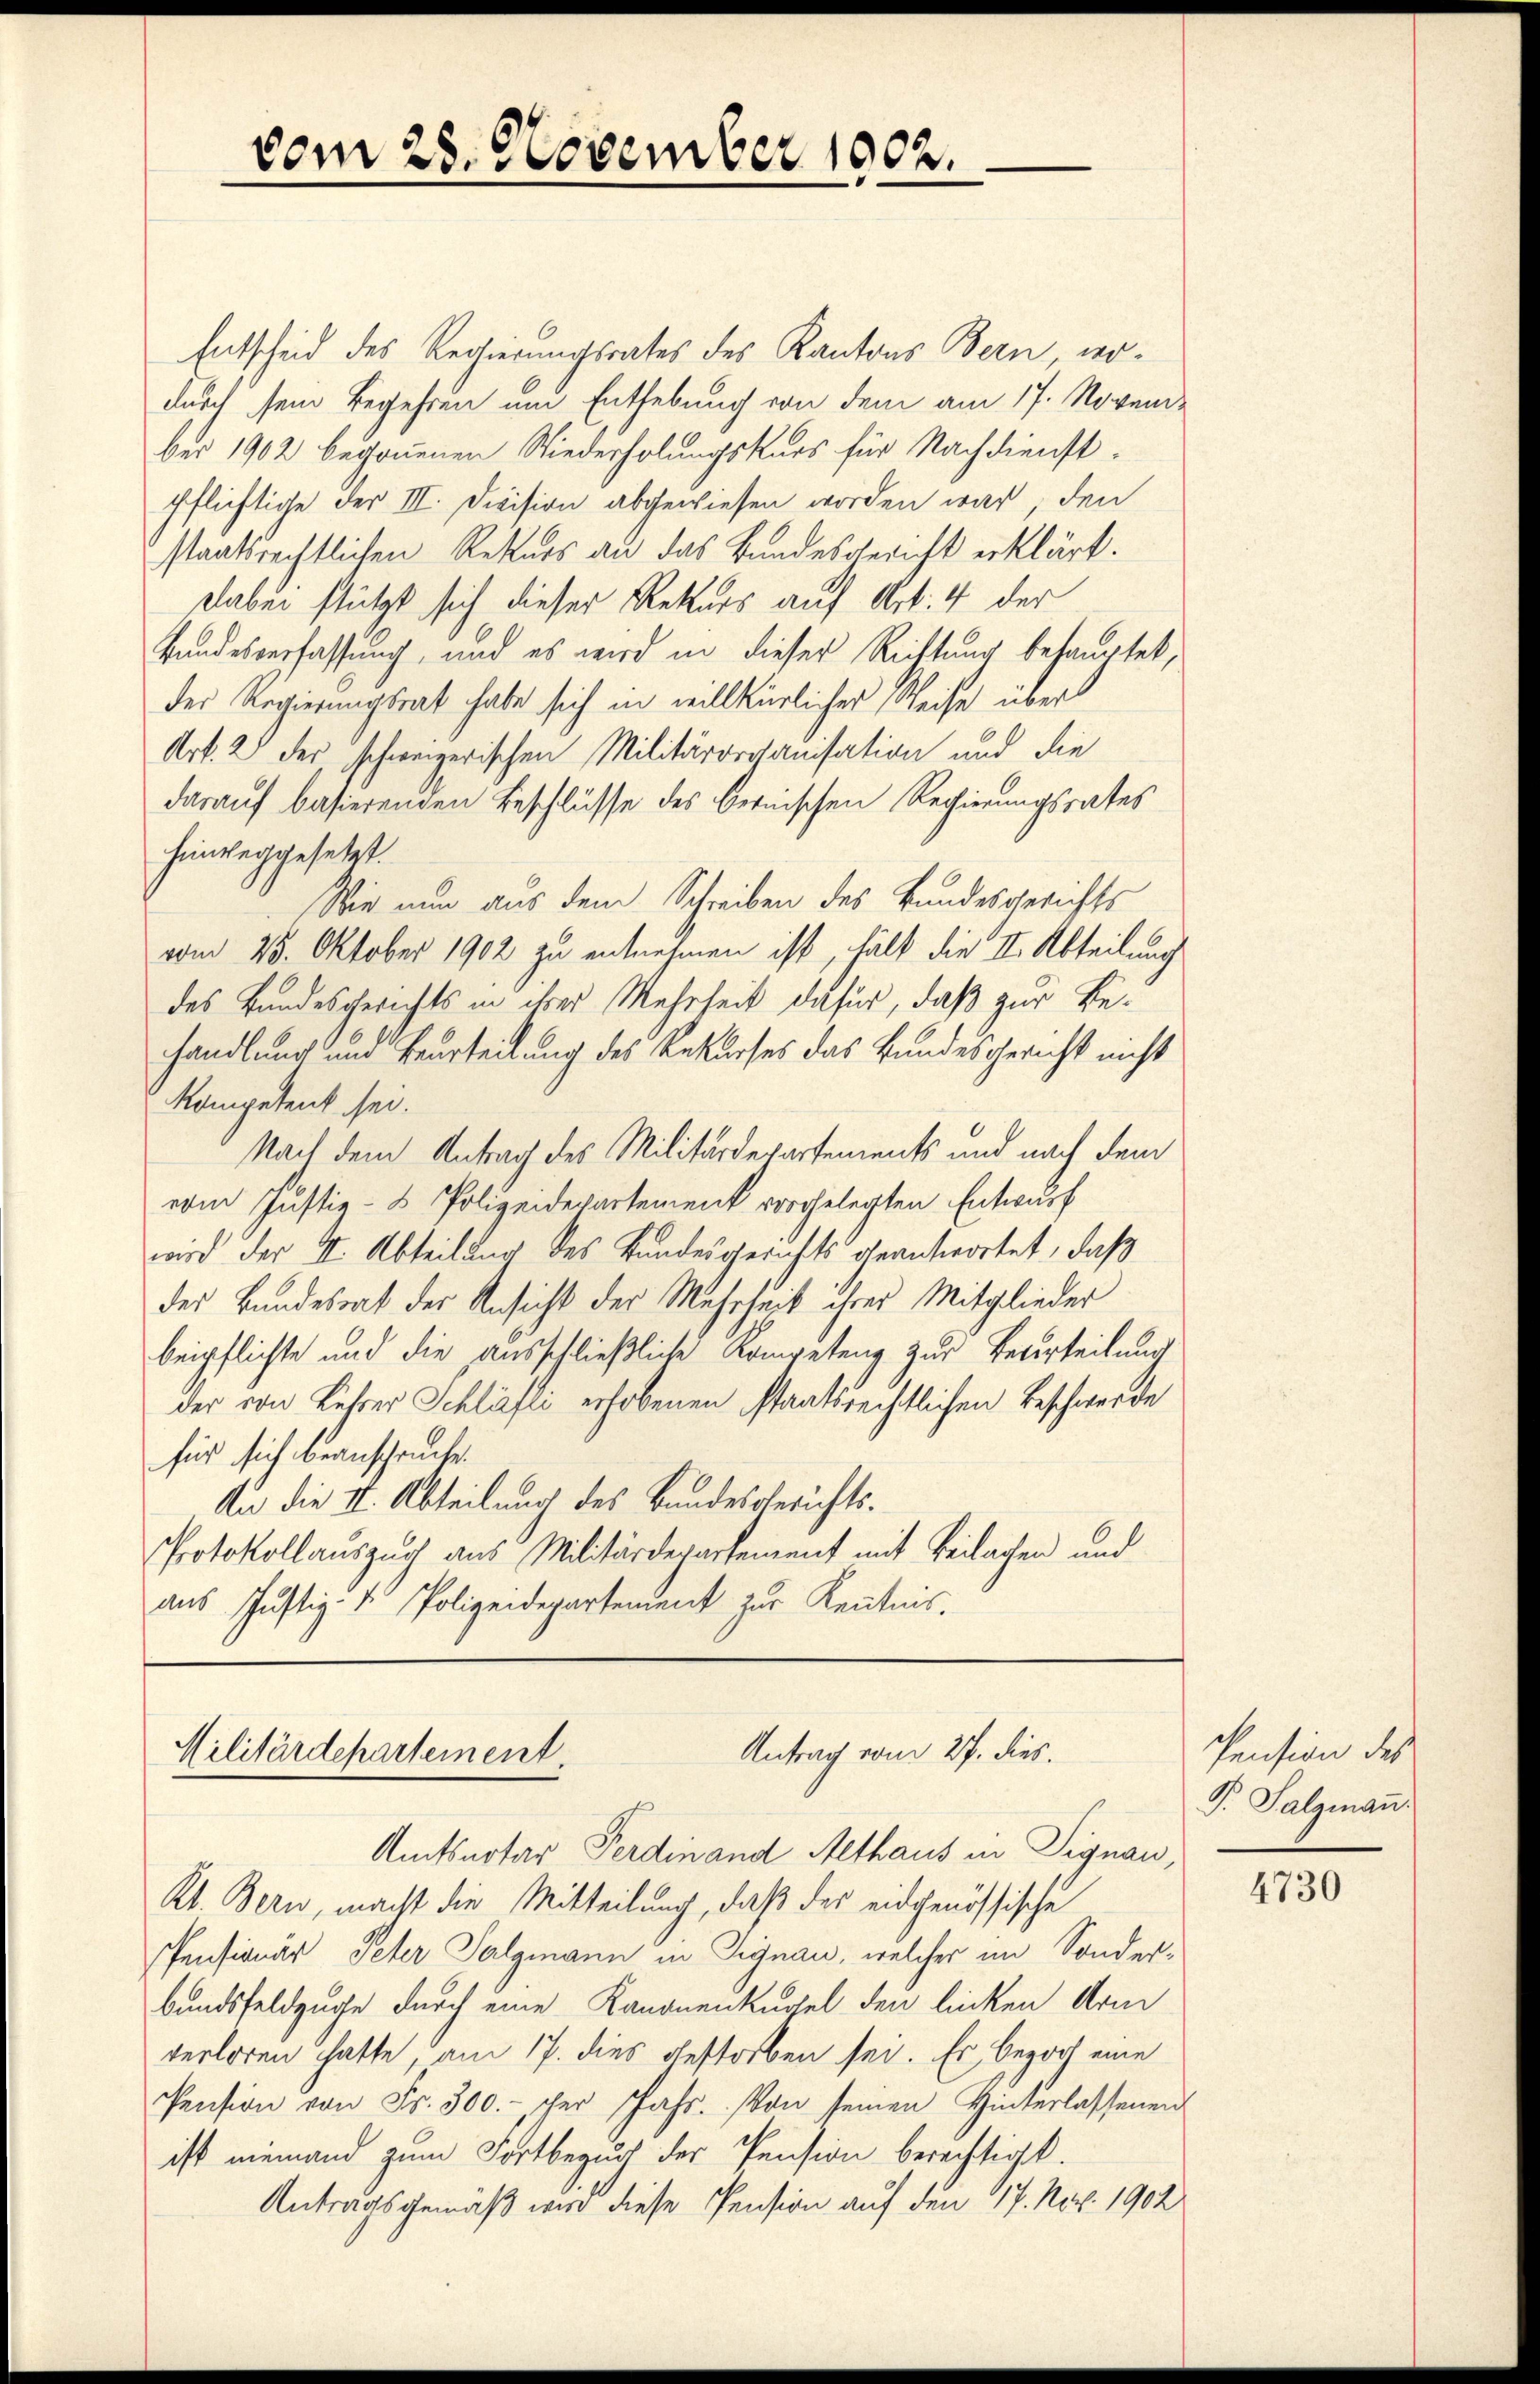
vom 28. November 1002.

Entscheid des Regierungsrates des Kantons Bern, werdurch sein Begehren um Enthebung von dem am 17. November 1902 begonnenen Niederholungskurs für Nachdienstpflichtige der III. Division abgewiesen worden war, den
staatsrechtlichen Rekurs an das Bundesgericht erklärt.
Dabei stützt sich dieser Rekurs auf Art. 4 der
Bundesverfassung, und es wird in dieser Richtung behauptet,
der Regierungsrat habe sich in willkürlicher Weise über¬
Art. 2 des schweizerischen Militärorganisation und die
darauf basierenden Beschlüsse des bernischen Regierungsrates
hinweggesetzt.
Wie nun aus dem Schreiben des Bundesgerichts
vom 25. Oktober 1902 zu entnehmen ist, hält die II. Abteilung
des Handesgerichts in ihrer Mehrheit dafür, daß zur Behandlung und Beurteilung des Rekurses das Bundesgericht nicht
Kompetent sei.
Nach dem Antrag des Militärdepartements und nach dem
vom Justiz- & Polizeidepartement vorgelegten Entwurf
wird der II. Abteilung des Bundesgerichts geantwortet, daß
des Bundesrat der Ansicht der Mehrheit ihres Mitglieder
beipflichte und die ausschließliche Kompetenz zur Beurteilung
der von Lehrer Schläfli erhobenen Staatsrechtlichen Beschwerde
für sich beanspruche.
An die II. Abteilung des Bundesgerichts¬
Protokollauszug aus Militärdepartement mit Beilagen und
aus Justiz- & Polizeidepartement zur Kenntnis.

Antrag vom 27. dies
Militärdepartement.
Amtsnotar Ferdinand Althaus in Signau,

Kl. Bern, macht die Mitteilung, daß des eidgenössische
Pensionär Peter Salzmann in Signau, welcher im Sonderbundsfeldzüge durch eine Kanonenkugel den linken Arm
verloren hatte, am 17. dies gestorben sei. Er bezog eine
Pension von Fr. 300.- der Jahr. Von seinen Hinterlassenen
ist niemand zum Fortbesuch der Pension berechtigt.
Antragsgemäß wird diese Pension auf den 17. Nov. 1902

Pension des
P. Salzmann.

4730